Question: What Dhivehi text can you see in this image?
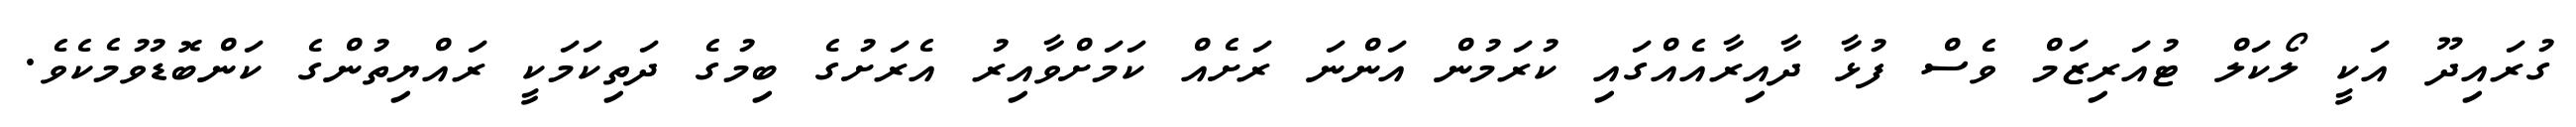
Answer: ގުރައިދޫ އަކީ ލޯކަލް ޓުއަރިޒަމް ވެސް ފުޅާ ދާއިރާއެއްގައި ކުރަމުން އަންނަ ރަށެއް ކަމަށްވާއިރު އެރަށުގެ ބިމުގެ ދަތިކަމަކީ ރައްޔިތުންގެ ކަންބޮޑުވުމެކެވެ.